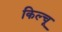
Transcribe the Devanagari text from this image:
किल्चू